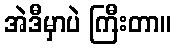
အဲဒီမှာပဲ ကြီးတာ။